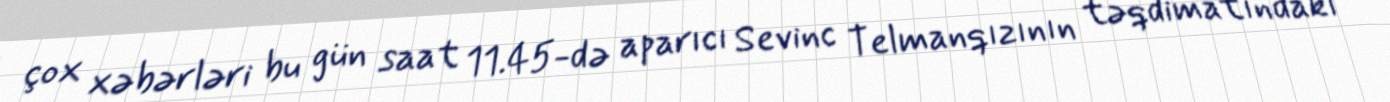
çox xəbərləri bu gün saat 11.45-də aparıcı Sevinc Telmanqızının təqdimatındakı